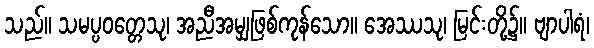
သည်။ သမပ္ပဝတ္တေသု၊ အညီအမျှဖြစ်ကုန်သော။ အေဿသု၊ မြင်းတို့၌။ ဗျာပါရံ၊